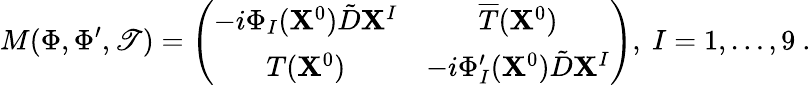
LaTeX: M(\Phi,\Phi^{\prime},\mathscr{T})=\left(\begin{array}{cc}{{-i\Phi_{I}({\mathbf X}^{0})\tilde{D}{\mathbf X}^{I}}}&{{\overline{{{T}}}({\mathbf X}^{0})}}\\ {{T({\mathbf X}^{0})}}&{{-i\Phi_{I}^{\prime}({\mathbf X}^{0})\tilde{D}{\mathbf X}^{I}}}\end{array}\right),\ I=1,\dots,9\ .